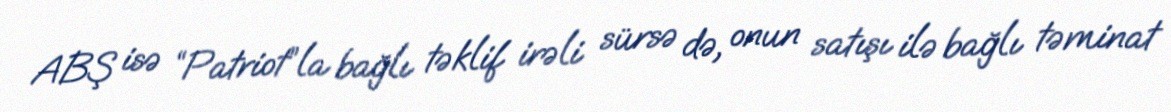
ABŞ isə “Patriot”la bağlı təklif irəli sürsə də, onun satışı ilə bağlı təminat